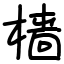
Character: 樯